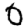
Digit: 0